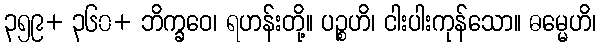
၃၅၉+ ၃၆၀+ ဘိက္ခဝေ၊ ရဟန်းတို့။ ပဉ္စဟိ၊ ငါးပါးကုန်သော။ ဓမ္မေဟိ၊